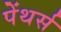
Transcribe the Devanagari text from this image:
पेंथर्स